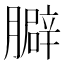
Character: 䑀